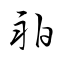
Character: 舶